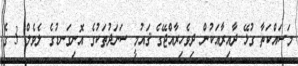
މަސައްކަތާ ގުޅޭ ދާއިރާއަކުން ދިވެހިރާއްޖޭގެ ޤައުމީ ސަނަދުތަކުގެ އޮނިގަނޑުގެ ލެވެލް 3 ގެ